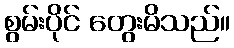
စွမ်းပိုင် တွေးမိသည်။